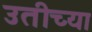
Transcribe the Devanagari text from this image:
उतीच्या